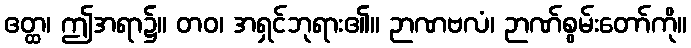
ဧတ္ထ၊ ဤအရာ၌။ တဝ၊ အရှင်ဘုရား၏။ ဉာဏဗလံ၊ ဉာဏ်စွမ်းတော်ကို။